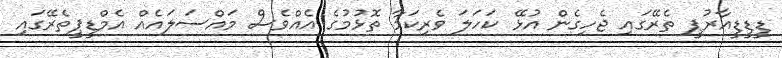
ޑީޑީޑީއާރުޕީ ތެރޭގައި ޖެހިގެން އުޅޭ ކަހަލަ ވެރިކަމާ ތޮޅުމުގެ އެއްވެސް މައްސަލައެއް އެމްޑީޕީތެރޭގައި